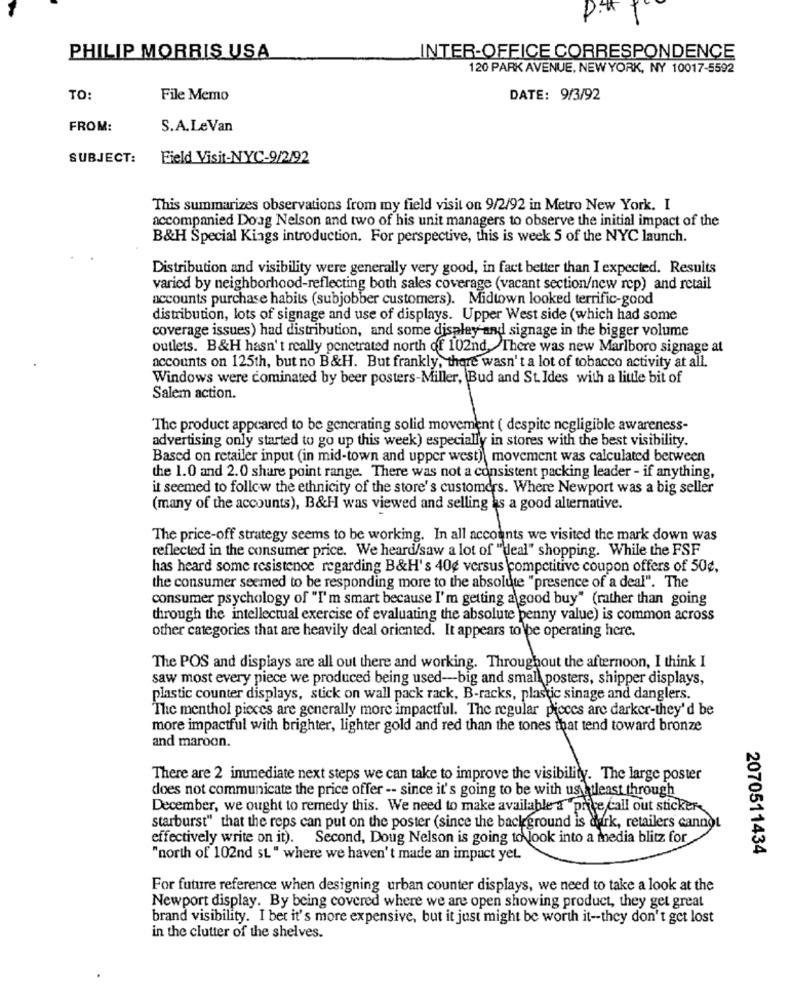
PHILIP MORRIS USA
INTER-OFFICE CORRESPONDENCE
120 PARK AVENUE. NEW YORK, NY 10017-5592
TO:
File Memo
DATE: 9/3/92
FROM:
S.A.LeVan
SUBJECT:
Field Visit-NYC-9/2/92
This summarizes observations from my field visit on 9/2/92 in Metro New York. I
accompanied Doag Nelson and two of his unit managers to observe the initial impact of the
B&H Special Kings introduction. For perspective, this is week 5 of the NYC launch.
Distribution and visibility were generally very good, in fact better than I expected. Results
varied by neighborhood-reflecting both sales coverage (vacant section/new rep) and retail
accounts purchase habits (subjobber customers). Midtown looked terrific-good
distribution, lots of signage and use of displays. Upper West side (which had some
coverage issues) had distribution, and some display and signage in the bigger volume
outlets. B&H hasn't really penetrated north of 102nd, There was new Marlboro signage at
accounts on 125th, but no B&H. But frankly, there wasn't a lot of tobacco activity at all.
Windows were cominated by beer posters-Miller, Bud and St. Ides with a little bit of
Salem action.
The product appeared to be generating solid movement ( despite negligible awareness-
advertising only started to go up this week) especially in stores with the best visibility.
Based on retailer input (in mid-town and upper west) movement was calculated between
the 1.0 and 2.0 share point range. There was not a consistent packing leader - if anything,
it seemed to follow the ethnicity of the store's customers. Where Newport was a big seller
(many of the accounts), B&H was viewed and selling is a good alternative.
The price-off strategy seems to be working. In all accounts we visited the mark down was
reflected in the consumer price. We heard/saw a lot of "deal" shopping. While the FSF
has heard some resistence regarding B&H's 40¢ versus competitive coupon offers of 50¢,
the consumer seemed to be responding more to the absolute "presence of a deal". The
consumer psychology of "I'm smart because I'm getting a good buy" (rather than going
through the intellectual exercise of evaluating the absolute penny value) is common across
other categories that are heavily deal oriented. It appears to be operating here.
The POS and displays are all out there and working. Throughout the afternoon, I think I
saw most every piece we produced being used-big and small posters, shipper displays,
plastic counter displays, stick on wall pack rack, B-racks, plastic sinage and danglers.
The menthol pieces are generally more impactful. The regular pieces are darker-they'd be
more impactful with brighter, lighter gold and red than the tones that tend toward bronze
and maroon.
There are 2 immediate next steps we can take to improve the visibility. The large poster
does not communicate the price offer -- since it's going to be with us atleast through
December, we ought to remedy this. We need to make available {"price call out sticker-
starburst" that the reps can put on the poster (since the background is derk, retailers cannot
effectively write on it). Second, Doug Nelson is going to look into a media blitz for
2070511434
"north of 102nd st" where we haven't made an impact yet.
For future reference when designing urban counter displays, we need to take a look at the
Newport display. By being covered where we are open showing product, they get great
brand visibility. I bet it's more expensive, but it just might be worth it-they don't get lost
in the clutter of the shelves.